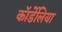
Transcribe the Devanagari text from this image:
कॉर्डेलिया